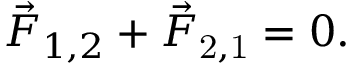
{ \vec { F } } _ { 1 , 2 } + { \vec { F } } _ { \mathrm { 2 , 1 } } = 0 .